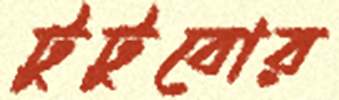
টুটুবোর